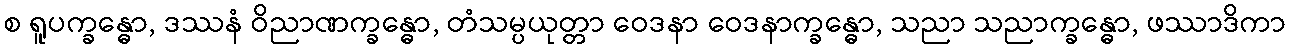
စ ရူပက္ခန္ဓော, ဒဿနံ ဝိညာဏက္ခန္ဓော, တံသမ္ပယုတ္တာ ဝေဒနာ ဝေဒနာက္ခန္ဓော, သညာ သညာက္ခန္ဓော, ဖဿာဒိကာ